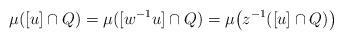
LaTeX: \begin{align*}\mu([u]\cap Q) &= \mu([w^{-1}u]\cap Q) = \mu\big(z^{-1}([u]\cap Q)\big)\end{align*}